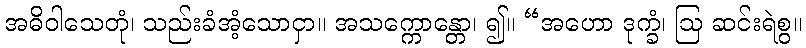
အဓိဝါသေတုံ၊ သည်းခံအံ့သောငှာ။ အသက္ကောန္တော၊ ၍။ “အဟော ဒုက္ခံ၊ ဩ ဆင်းရဲစွ။